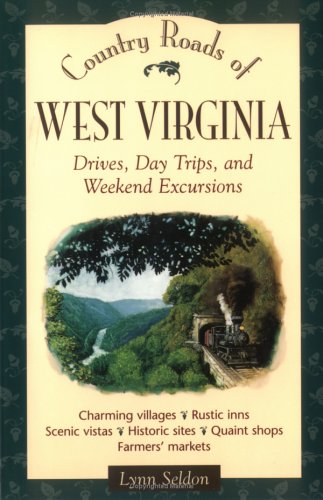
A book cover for Country Roads of West Virginia; Lynn Seldon; Travel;